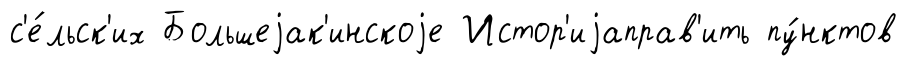
с'е́льск'их Большеjак'инскоjе Истор'иjаправ'ить пу́нктов